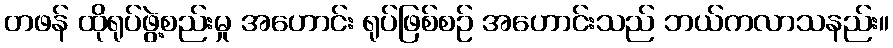
တဖန် ထိုရုပ်ဖွဲ့စည်းမှု အဟောင်း ရုပ်ဖြစ်စဉ် အဟောင်းသည် ဘယ်ကလာသနည်း။